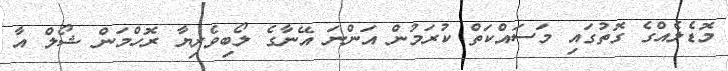
މޮޑެލެއްގެ ގޮތުގައި މަސައްކަތް ކުރަމުން އަންނަ އޭނާގެ ލޯބިވެރިޔާ ރޮހްމަން ޝޯލް އާ